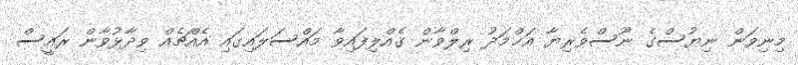
މިނިވަން ނިޔުސްގެ ނޫސްވެރިޔާ އަޙްމަދު ރިލްވާން ގެއްލިފައިވާ މައްސަލައިގައި އެއްޗެއް ވިދާޅުވާން ރައީސް